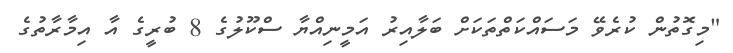
"މިގޮތުން ކުރެވޭ މަސައްކަތްތަކަށް ބަލާއިރު އަމީނިއްޔާ ސްކޫލުގެ 8 ބުރީގެ އާ އިމާރާތުގެ